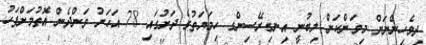
ދިވެހިންނަށް މިިވަންކަން ލިބުނީ އިނގިރޭސިންގ ހިމަޔަތުގެ ދަށުގައި 78 އަހަރު ވަންދެން އޮތުމަށްފަހު